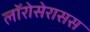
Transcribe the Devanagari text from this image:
लॉरोसेरासस